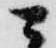
ニ